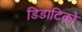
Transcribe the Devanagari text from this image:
डिडाटिको